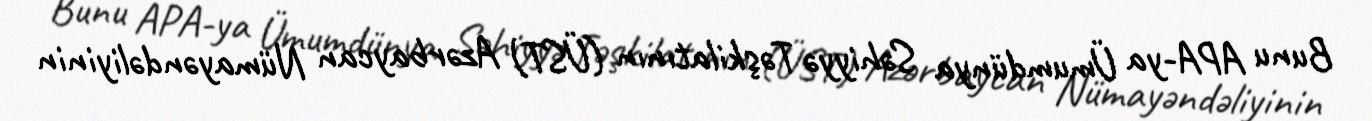
Bunu APA-ya Ümumdünya Səhiyyə Təşkilatının (ÜST) Azərbaycan Nümayəndəliyinin